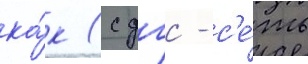
ка́к (сдгс - с'е́ть